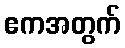
ဧကအတွက်